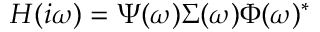
\b { H } ( i \omega ) = \b { \Psi } ( \omega ) \b { \Sigma } ( \omega ) \b { \Phi } ( \omega ) ^ { * }